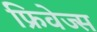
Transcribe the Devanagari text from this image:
फ्रिवेज्स